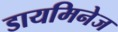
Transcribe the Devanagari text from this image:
डायमिनेज